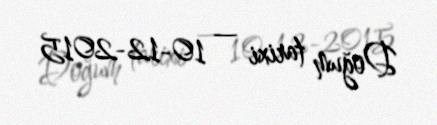
Doğum tarixi — 10-12-2015